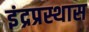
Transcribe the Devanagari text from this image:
इंद्रप्रस्थास